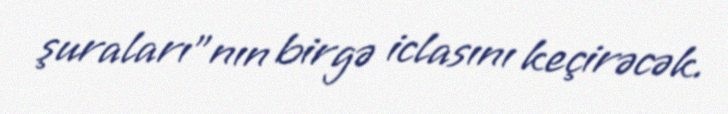
şuraları”nın birgə iclasını keçirəcək.